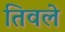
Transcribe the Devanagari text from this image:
तिवले